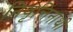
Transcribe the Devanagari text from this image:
निवृत्तिनाथी